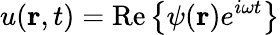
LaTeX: u(\mathbf{r},t)=\mathrm{Re}\left\{ \psi(\mathbf{r})e^{i\omega t}\right\}